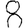
Digit: 8